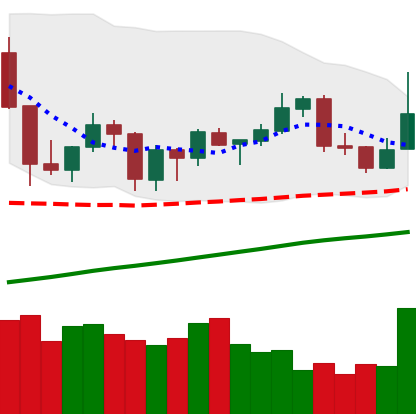
Ticker: XLM-USD
Chart end date: 2019-06-22
Forward return: -16.704%
Label: down_7plus